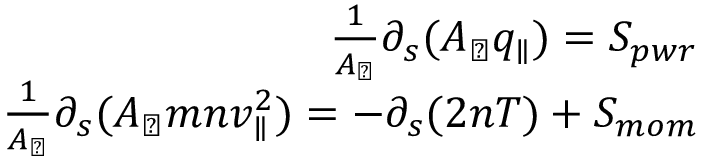
\begin{array} { r } { \frac { 1 } { A _ { \perp } } \partial _ { s } ( A _ { \perp } q _ { \parallel } ) = S _ { p w r } } \\ { \frac { 1 } { A _ { \perp } } \partial _ { s } ( A _ { \perp } m n v _ { \parallel } ^ { 2 } ) = - \partial _ { s } ( 2 n T ) + S _ { m o m } } \end{array}